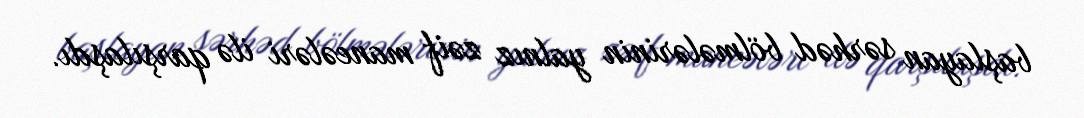
başlayan sərhəd bölmələrinin yalnız zəif maneələri ilə qarşılaşdı.